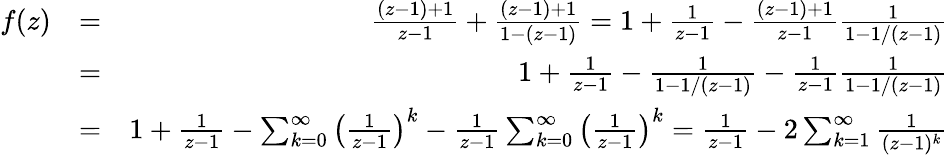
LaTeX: \begin{array}{rlr}{f(z)}&{=}&{\frac{(z-1)+1}{z-1}+\frac{(z-1)+1}{1-(z-1)}=1+\frac{1}{z-1}-\frac{(z-1)+1}{z-1}\frac{1}{1-1/(z-1)}}\\ &{=}&{1+\frac{1}{z-1}-\frac{1}{1-1/(z-1)}-\frac{1}{z-1}\frac{1}{1-1/(z-1)}}\\ &{=}&{1+\frac{1}{z-1}-\sum_{k=0}^{\infty}\left(\frac{1}{z-1}\right)^{k}-\frac{1}{z-1}\sum_{k=0}^{\infty}\left(\frac{1}{z-1}\right)^{k}=\frac{1}{z-1}-2\sum_{k=1}^{\infty}\frac{1}{(z-1)^{k}}}\end{array}